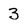
Character: 3